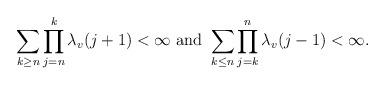
LaTeX: \begin{align*}\sum\limits_{k \geq n} \prod\limits_{j=n}^k \lambda_v (j+1) < \infty \mbox{ and } \sum\limits_{k \leq n} \prod\limits_{j=k}^n \lambda_v(j-1) < \infty.\end{align*}